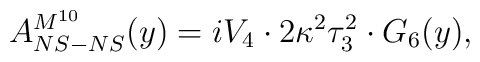
A^{M^{10}}_{NS-NS}(y) = i V_4 \cdot 2 \kappa^2 \tau_3^2 \cdot G_6(y),